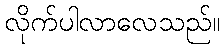
လိုက်ပါလာလေသည်။